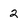
Character: 2